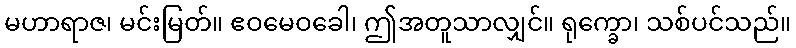
မဟာရာဇ၊ မင်းမြတ်။ ဧဝမေဝခေါ၊ ဤအတူသာလျှင်။ ရုက္ခော၊ သစ်ပင်သည်။